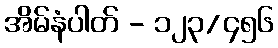
အိမ်နံပါတ် - ၁၂၃/၄၅၆